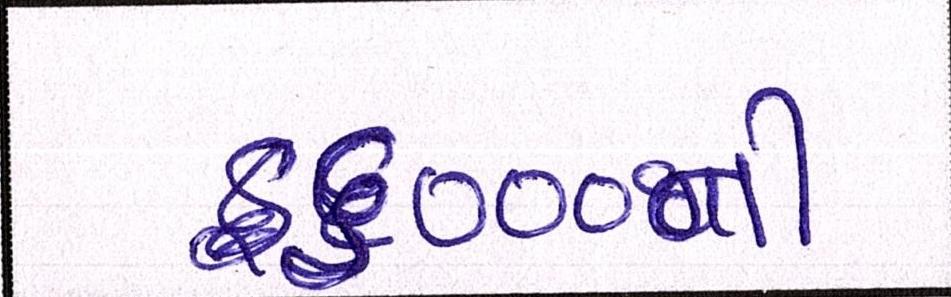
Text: ૬૦૦૦ની